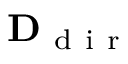
\mathbf { D } _ { \mathrm { ~ d ~ i ~ r ~ } }